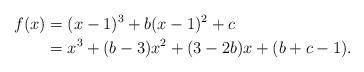
LaTeX: \begin{align*}f(x) & = (x-1)^3 + b(x-1)^2 + c \\& = x^3 +(b-3)x^2 + (3-2b)x+(b+c-1) .\end{align*}